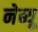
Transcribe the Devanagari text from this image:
नेब्यू